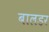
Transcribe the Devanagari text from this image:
बालडर